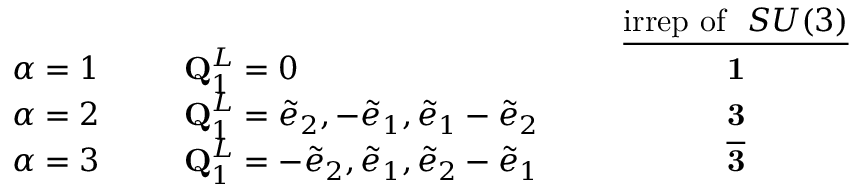
\begin{array} { l l l l c } { { } } & { { } } & { { } } & { { } } & { { \underline { { { { \mathrm { i r r e p ~ o f ~ } } ~ S U ( 3 ) } } } } } \\ { { \alpha = 1 } } & { { \phantom { 6 } } } & { { { \bf Q } _ { 1 } ^ { L } = 0 } } & { { \phantom { 6 } } } & { { { \bf 1 } } } \\ { { \alpha = 2 } } & { { } } & { { { \bf Q } _ { 1 } ^ { L } = \tilde { e } _ { 2 } , - \tilde { e } _ { 1 } , \tilde { e } _ { 1 } - \tilde { e } _ { 2 } } } & { { } } & { { { \bf 3 } } } \\ { { \alpha = 3 } } & { { } } & { { { \bf Q } _ { 1 } ^ { L } = - \tilde { e } _ { 2 } , \tilde { e } _ { 1 } , \tilde { e } _ { 2 } - \tilde { e } _ { 1 } } } & { { } } & { { { \bf { \overline { { { 3 } } } } } } } \end{array}